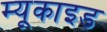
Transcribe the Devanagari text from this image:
म्यूकाइड